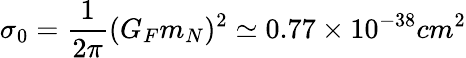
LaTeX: \sigma_{0}=\frac{1}{2\pi}(G_{F}m_{N})^{2}\simeq 0.77\times 10^{-38}cm^{2}